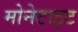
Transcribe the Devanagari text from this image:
मोनेटाइट